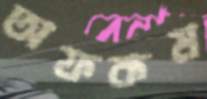
অফকম